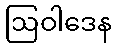
ဩဝါဒေန